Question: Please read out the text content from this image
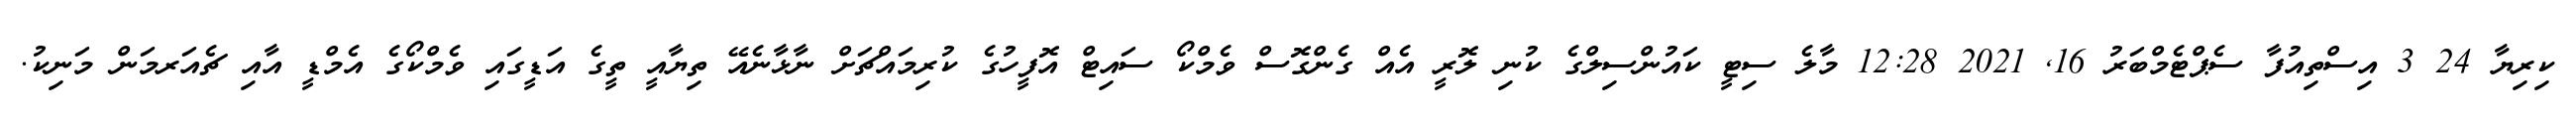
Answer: ކިރިޔާ 24 3 އިސްތިއުފާ ސެޕްޓެމްބަރު 16, 2021 12:28 މާލެ ސިޓީ ކައުންސިލްގެ ކުނި ލޮރީ އެއް ގެންގޮސް ވެމްކޯ ސައިޓް އޮފީހުގެ ކުރިމައްޗަށް ނާޅާނެއޭ ތިޔާއީ ތީގެ އަޑީގައި ވެމްކޯގެ އެމްޑީ އާއި ޗެއަރމަން މަނިކު.